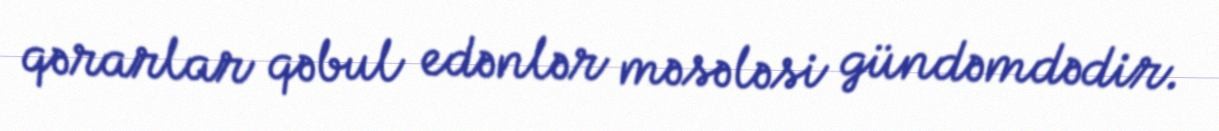
qərarlar qəbul edənlər məsələsi gündəmdədir.